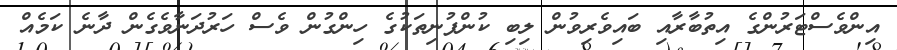
އިންވެސްޓަރުންގެ އިތުބާރާއި ބައިވެރިވުން ލިބި ކުންފުނިތަކުގެ ހިންގުން ވެސް ހަރުދަނާވެގެން ދާނެ ކަމެއް